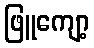
ဖြူကျော့